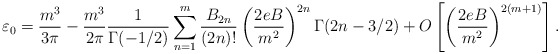
\begin{align*}\varepsilon_{0}=\frac{m^{3}}{3\pi}-\frac{m^{3}}{2\pi}\frac{1}{\Gamma(-1/2)}\sum_{n=1}^{m}\frac{B_{2n}}{(2n)!}\left(\frac{2eB}{m^{2}}\right)^{2n}\Gamma(2n-3/2)+O\left[\left(\frac{2eB}{m^{2}}\right)^{2(m+1)}\right] .\end{align*}